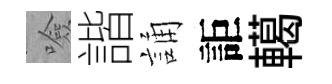
噞諧誦詎轕